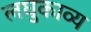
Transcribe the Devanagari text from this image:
लघुकाव्य